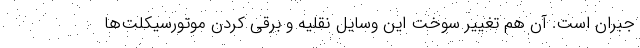
جبران است. آن هم تغییر سوخت این وسایل نقلیه و برقی کردن موتورسیکلت‌ها